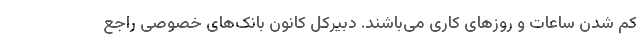
کم شدن ساعات و روزهای کاری می‌باشند. دبیرکل کانون بانک‌های خصوصی راجع